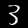
Label: 3